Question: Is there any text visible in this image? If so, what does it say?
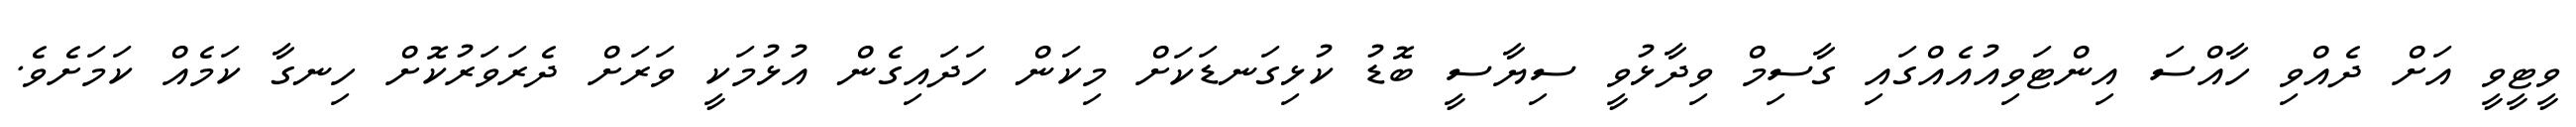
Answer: ވީޓީވީ އަށް ދެއްވި ހާއްސަ އިންޓަވިއުއެއްގައި ގާސިމް ވިދާޅުވީ ސިޔާސީ ބޮޑު ކުޅިގަނޑަކަށް މިކަން ހަދައިގެން އުޅުމަކީ ވަރަށް ދެރަވަރުކޮށް ހިނގާ ކަމެއް ކަމަށެވެ.